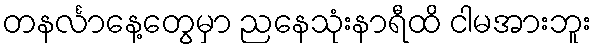
တနင်္လာနေ့တွေမှာ ညနေသုံးနာရီထိ ငါမအားဘူး